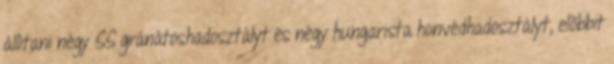
állítani négy SS gránátoshadosztályt és négy hungarista honvédhadosztályt, elõbbit